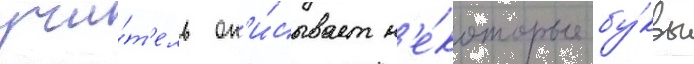
учи́т'ель оп'и́сывает н'е́которые бу́квы